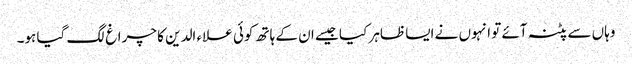
وہاں سے پٹنہ آئے تو انہوں نے ایسا ظاہر کیا جیسے ان کے ہاتھ کوئی علاء الدین کا چراغ لگ گیا ہو۔